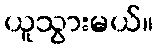
ယူသွားမယ်။